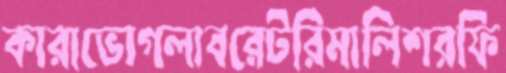
কারাভোগল্যবরেটরিমালিশরফি